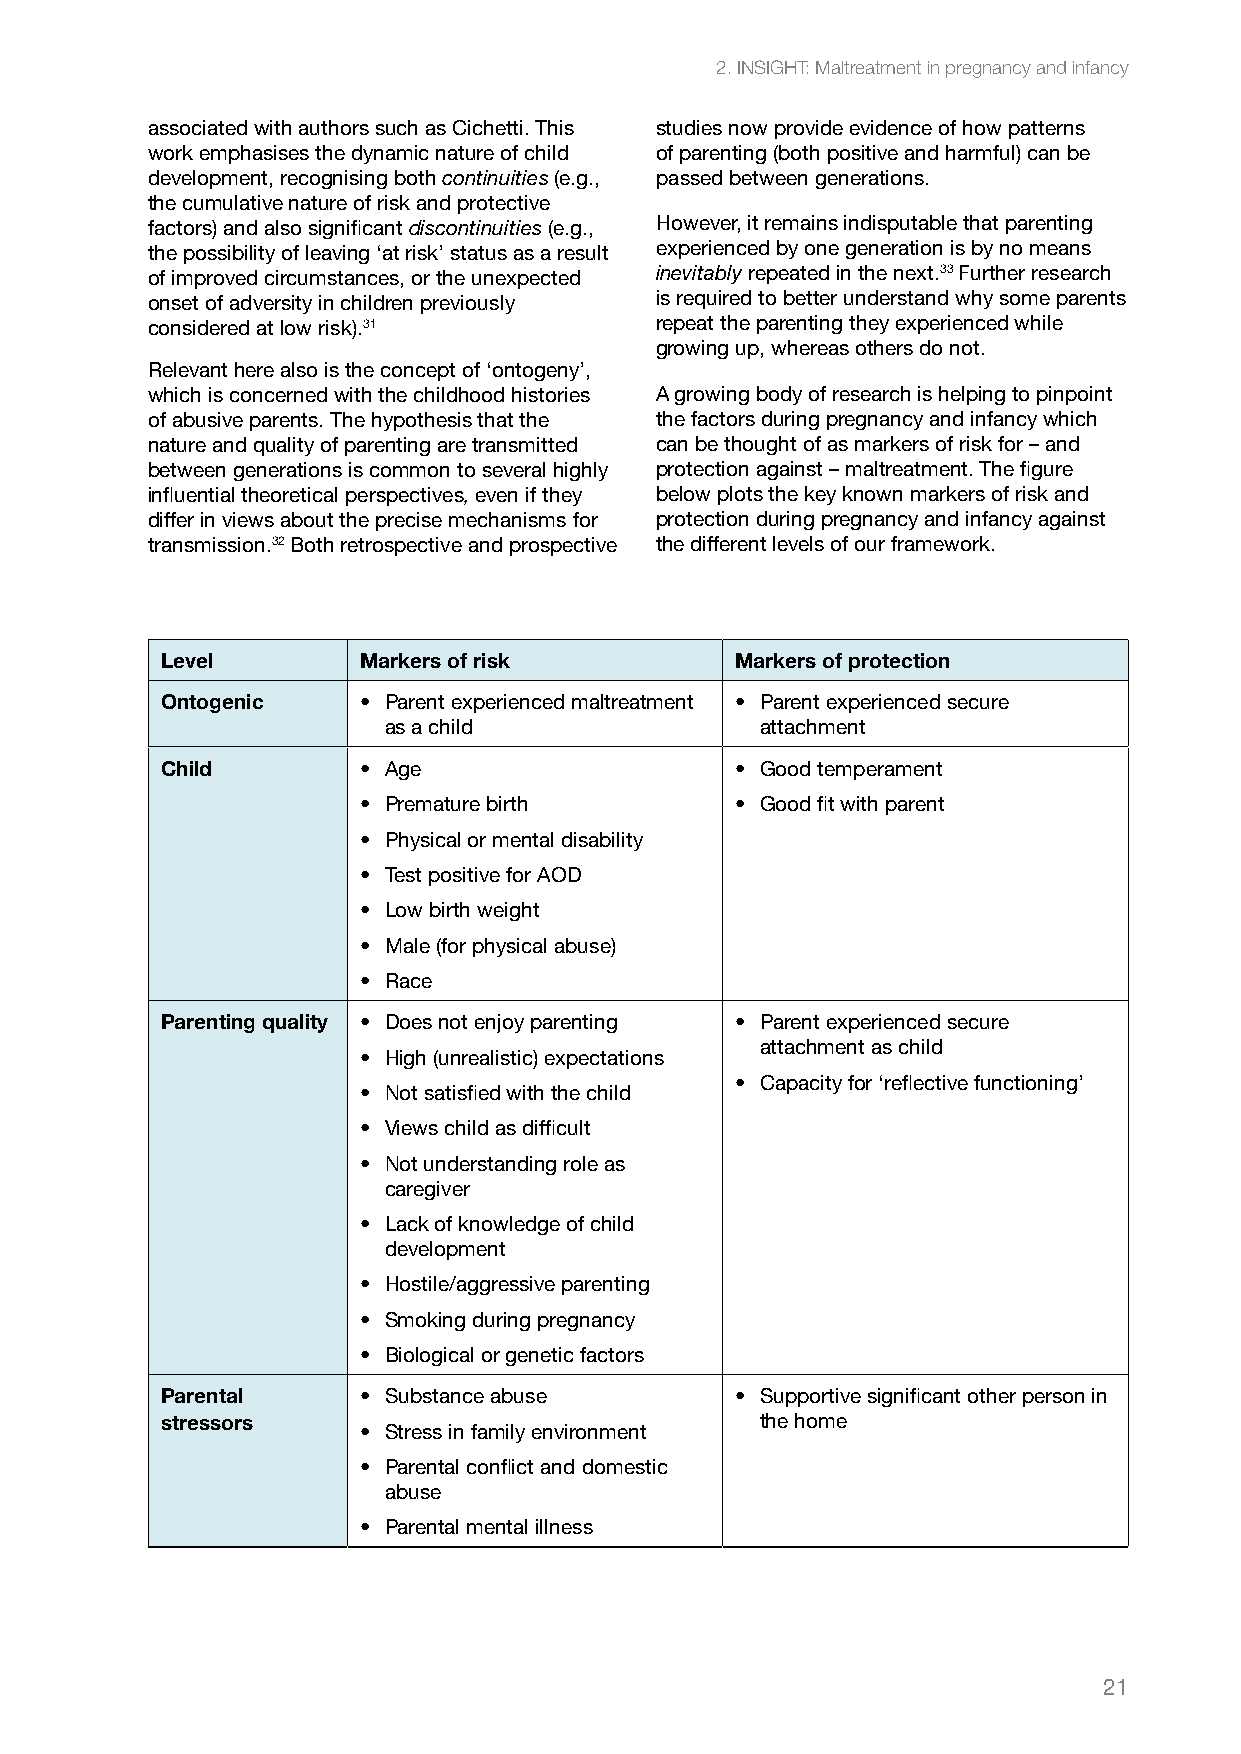
2. INSIGHT: Maltreatment in pregnancy and infancy
 associated with authors such as Cichetti. This studies now provide evidence of how patterns
 work emphasises the dynamic nature of child of parenting (both positive and harmful) can be
 development, recognising both continuities (e.g., passed between generations.
 the cumulative nature of risk and protective
 factors) and also significant discontinuities (e.g., However, it remains indisputable that parenting
 the possibility of leaving ‘at risk’ status as a result experienced by one generation is by no means
 of improved circumstances, or the unexpected inevitably repeated in the next.33 Further research
 onset of adversity in children previously is required to better understand why some parents
 considered at low risk).31       repeat the parenting they experienced while
 growing up, whereas others do not.
 Relevant here also is the concept of ‘ontogeny’,
 which is concerned with the childhood histories A growing body of research is helping to pinpoint
 of abusive parents. The hypothesis that the the factors during pregnancy and infancy which
 nature and quality of parenting are transmitted can be thought of as markers of risk for – and
 between generations is common to several highly protection against – maltreatment. The figure
 influential theoretical perspectives, even if they below plots the key known markers of risk and
 differ in views about the precise mechanisms for protection during pregnancy and infancy against
 transmission.32 Both retrospective and prospective the different levels of our framework.
 Level        Markers of risk          Markers of protection
 Ontogenic    • Parent experienced maltreatment • Parent experienced secure
 as a child               attachment
 Child        • Age                    • Good temperament
 • Premature birth        • Good fit with parent
 • Physical or mental disability
 • Test positive for AOD
 • Low birth weight
 • Male (for physical abuse)
 • Race
 Parenting quality • Does not enjoy parenting • Parent experienced secure
 attachment as child
 • High (unrealistic) expectations
 • Capacity for ‘reflective functioning’
 • Not satisfied with the child
 • Views child as difficult
 • Not understanding role as
 caregiver
 • Lack of knowledge of child
 development
 • Hostile/aggressive parenting
 • Smoking during pregnancy
 • Biological or genetic factors
 Parental     • Substance abuse        • Supportive significant other person in
 stressors                              the home
 • Stress in family environment
 • Parental conflict and domestic
 abuse
 • Parental mental illness
 21